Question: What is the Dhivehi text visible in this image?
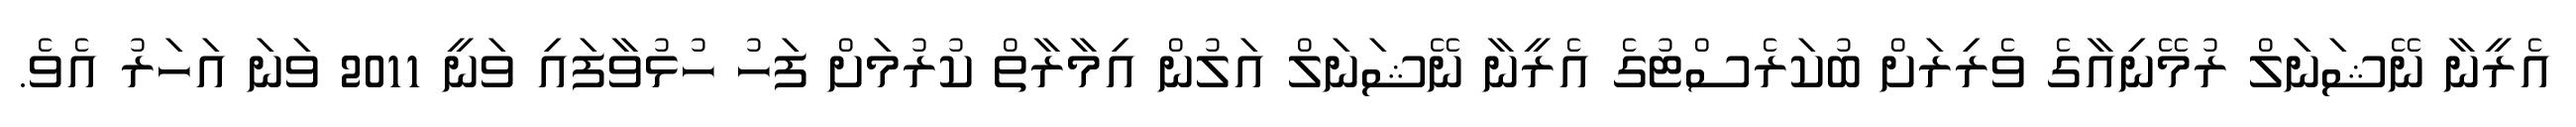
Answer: އެރީނާ ނޭޝަނަލް ރުމޭނިއާގެ ވެރިރަށް ބުކަރެސްޓުގެ އެރީނާ ނޭޝަނަލް އަލުން އިމާރާތް ކުރުމަށް ފަހު ހުޅުވާފައި ވަނީ 2011 ވަނަ އަހަރު އެވެ.